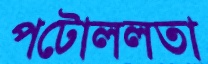
পটোললতা